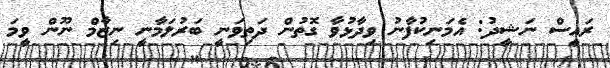
ރައީސް ނަޝީދު: އެމަނިކުފާނު ވިދާޅުވާ ގޮތުން ދަތިވަނީ ބަރުލަމާނީ ނިޒާމް ނޫން ވީމަ